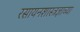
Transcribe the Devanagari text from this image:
रसायनशास्त्रज्ञाच्या